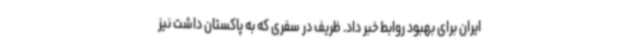
ایران برای بهبود روابط خبر داد. ظریف در سفری که به پاکستان داشت نیز